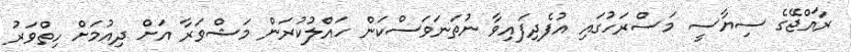
ރާއްޖޭގެ ސިޔާސީ މަސްރަހުގައި އުފެދިފައިވާ ނުތަނަވަސްކަން ހައްލުކުރަން މަޝްވަރާ އަށް ދިއުމަށް ހިތްވަރު